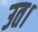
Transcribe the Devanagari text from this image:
उत।